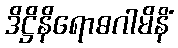
ဒိဋ္ဌိနိရောဓဂါမိနိံ